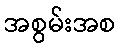
အစွမ်းအစ